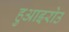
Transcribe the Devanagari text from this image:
हुआइरोउ